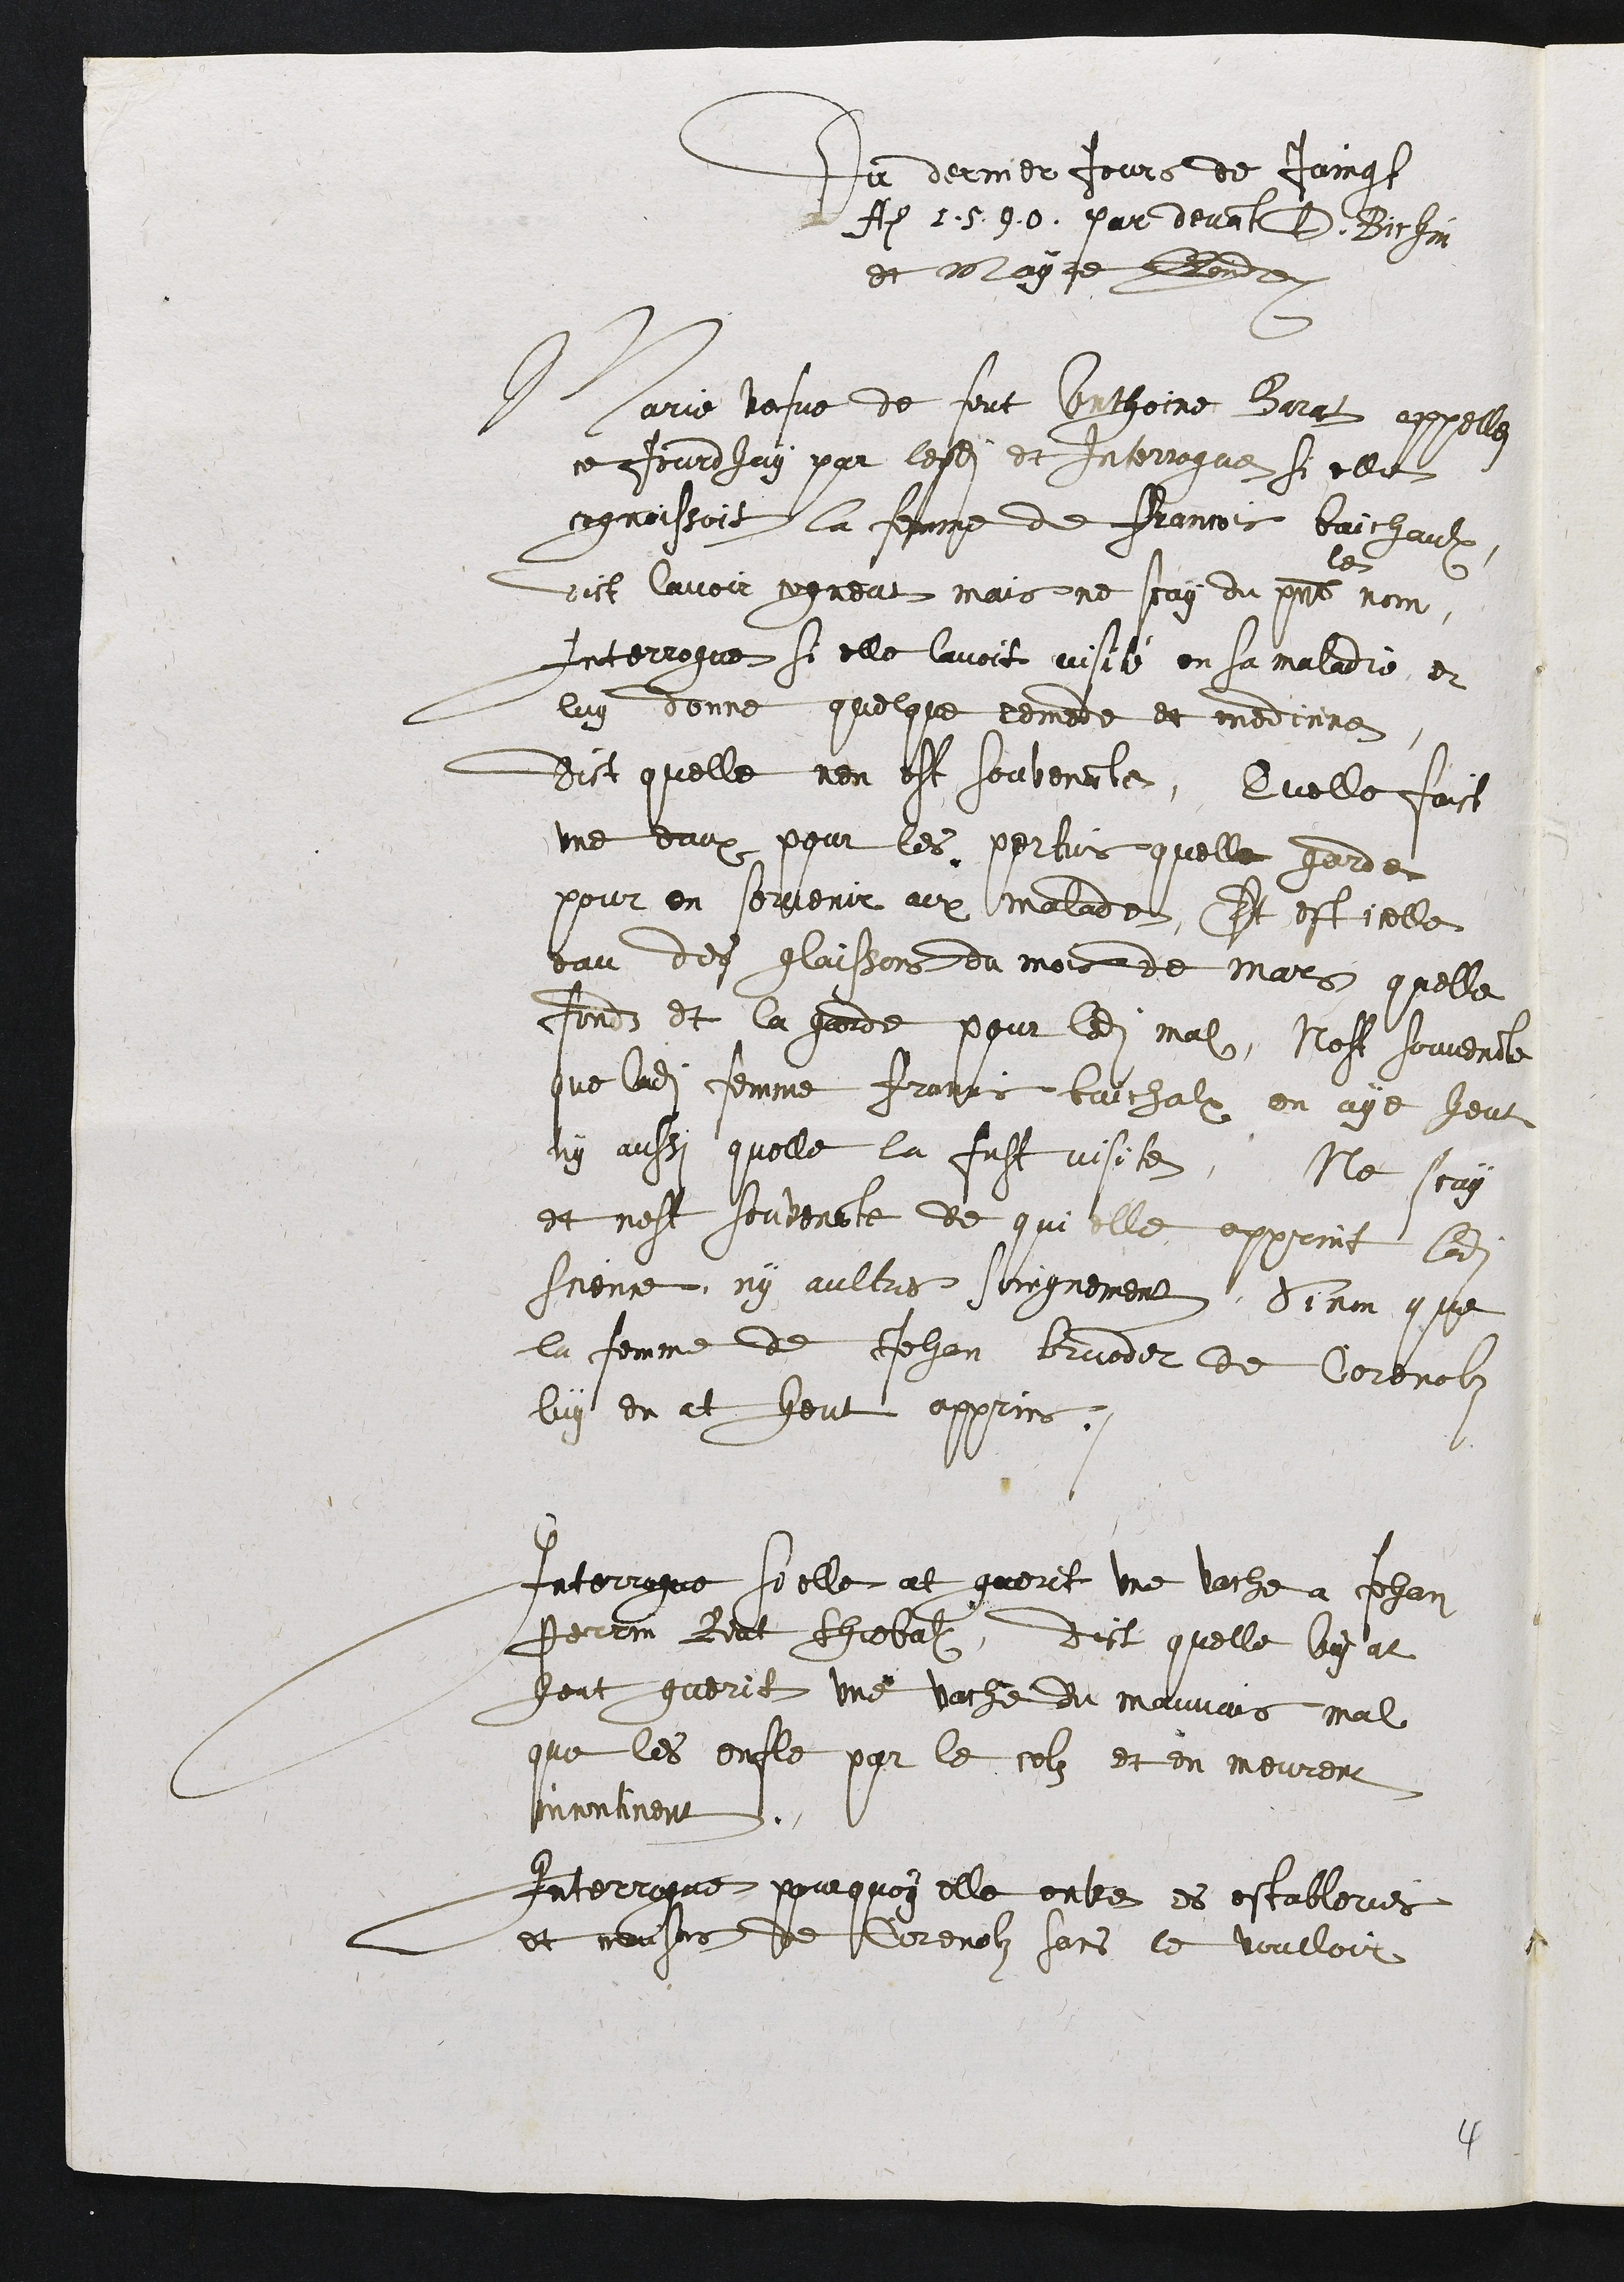
Du dernier Jours de Jaing
Aem 1590. par devant D. Bichin
et mlayre led
Marie vesve de feut Conthoine Borat appelle
ce jourdhay par lesdits et Interrogue si elle
cognoissoit la femme de Francois baichaulx,
vict lavoir cogneut, mais ne scay du present
len
nom
Interrogue si elle lavoit visilé en sa maladie, et
luy donne quelque remade et medinne.
dict quelle nen est souvenante, Quelle faict
une eaux pour les pertus quelle garde
pour en souvenir aux malade, Et est icelle
eau des glaissons du mois de mars quelle
fondz et la garde pour ledit mal, Nest souvemente
que ladite femme Franns baichalx en aye heut
ny ansi quelle la fust visite, Ne scay
et nest souveaante de qui elle apprint ledit
scence, ny aultres soingnement, Sinon que
la femme de Jehan bruider de Corenolz
luy en at heut apprins.
Interrogue si elle at guerit une vache a Jehan
Perrin Boat thiebalx, dict quelle luy at
heut guerit une vache du mauvais mal
que les enfle par le colz et en meurent
incontinent.
Interrogue pourquoy elle enbre es estableries
et nouses de Corenolz sans le voulloir